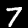
Label: 7